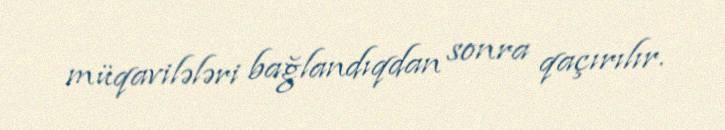
müqavilələri bağlandıqdan sonra qaçırılır.